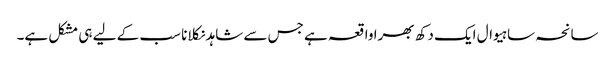
سانحہ ساہیوال ایک دکھ بھرا واقعہ ہے جس سے شاہد نکلانا سب کے لیے ہی مشکل ہے۔